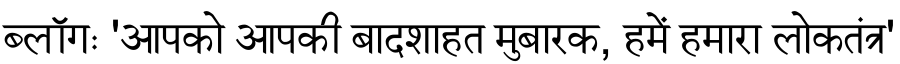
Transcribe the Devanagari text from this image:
ब्लॉगः 'आपको आपकी बादशाहत मुबारक, हमें हमारा लोकतंत्र'